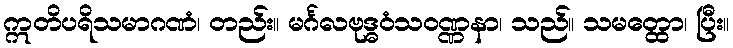
ဣတိပရိသမာဂဏံ၊ တည်း။ မင်္ဂလဗုဒ္ဓဝံသဝဏ္ဏနာ၊ သည်။ သမတ္ထော၊ ပြီး။